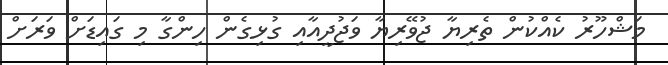
މަޝްހޫރު ކެއްކުން ތެރިޔާ ޖުވޭރިޔާ ވަޖުދީއާއި ގުޅިގެން ހިންގާ މި ގައިޑަށް ވަރަށް